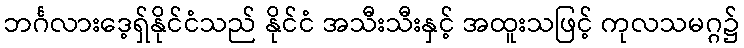
ဘင်္ဂလားဒေ့ရှ်နိုင်ငံသည် နိုင်ငံ အသီးသီးနှင့် အထူးသဖြင့် ကုလသမဂ္ဂ၌